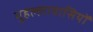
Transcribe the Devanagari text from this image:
मुहल्लावासियों